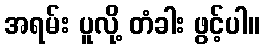
အရမ်း ပူလို့ တံခါး ဖွင့်ပါ။